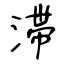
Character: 滞